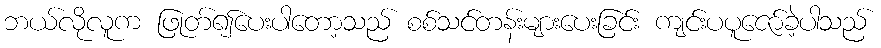
ဘယ်လိုလူက ဖြုတ်၍ပေးပါတော့သည် စစ်သင်တန်းများပေးခြင်း ကျင်းပပူဇော်ခဲ့ပါသည်